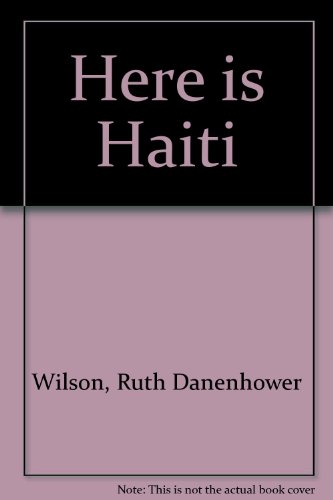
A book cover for Here is Haiti; Ruth Danenhower Wilson; Travel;